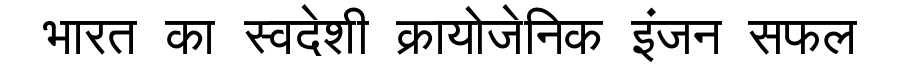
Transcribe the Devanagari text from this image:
भारत का स्वदेशी क्रायोजेनिक इंजन सफल